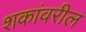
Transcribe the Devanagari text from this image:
शकांवरील